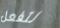
لتفعل